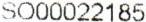
SO00022185